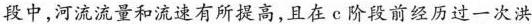
段中，河流流量和流速有所提高，且在c阶段前经历过一次洪